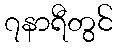
၇နာရီတွင်